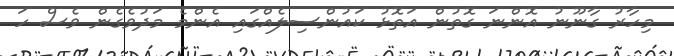
މިހާރު ގާނޫނު އޮންނަ ގޮތުން އަތޮޅު ކައުންސިލެއްގައި އެންމެ މަދުވެެގެން ވެސް ހަ